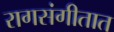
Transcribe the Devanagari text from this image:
रागसंगीतात